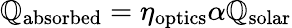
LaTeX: \mathbb{Q}_{\mathrm{{absorbed}}}=\eta_{\mathrm{{optics}}}\alpha\mathbb{Q}_{\mathrm{{solar}}}